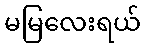
မမြလေးရယ်